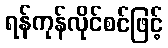
ရန်ကုန်လိုင်စင်ဖြင့်